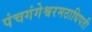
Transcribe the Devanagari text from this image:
पंचगंगेश्वरमठाधिपती